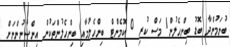
ބުނަމުންދާ ބޮޑު ބިންހެލުން1 މަސް ކުރި 0 ކޮމެންޓް ބިންހެލުމާއި ބިންހެލުންތަކުން އިންސާނުންނަށް